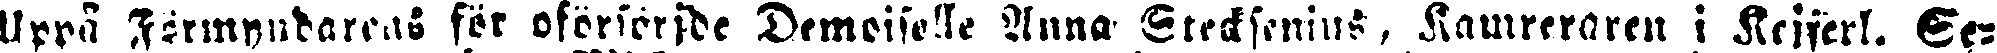
Uppå Förmyndarens för oförsorjde Demoiselle Anna Stecksenius, Kamrarens i Kejserl. Se-